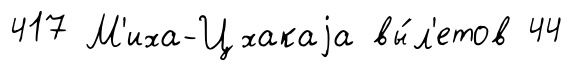
417 М'иха-Цхакаjа вы́л'етов 44